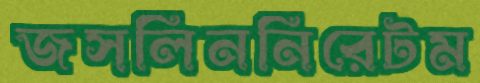
জসলিননিরেটম